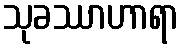
သုခဿာဟာရာ